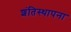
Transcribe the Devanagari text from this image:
शंतिस्थापना